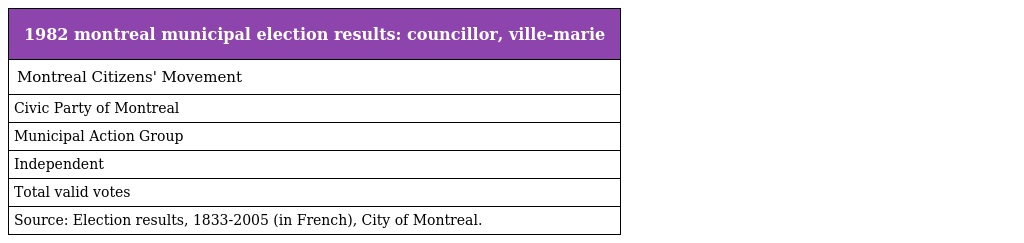
| 1982 montreal municipal election results: councillor, ville-marie |
 | --- |
 | Montreal Citizens' Movement |
 | Civic Party of Montreal |
 | Municipal Action Group |
 | Independent |
 | Total valid votes |
 | Source: Election results, 1833-2005 (in French), City of Montreal. |